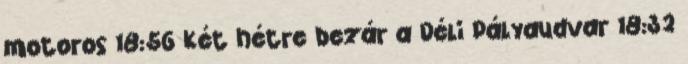
motoros 18:56 Két hétre bezár a Déli Pályaudvar 18:32